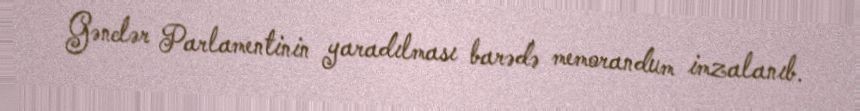
Gənclər Parlamentinin yaradılması barədə memorandum imzalanıb.